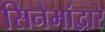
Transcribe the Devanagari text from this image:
सिनेमांद्वारे